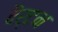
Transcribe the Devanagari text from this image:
बैर्टन